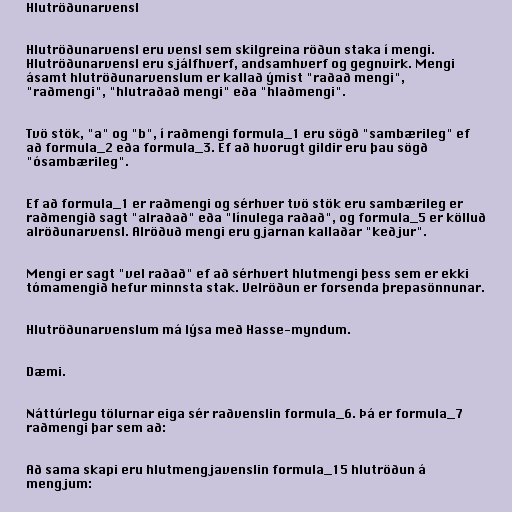
Hlutröðunarvensl

Hlutröðunarvensl eru vensl sem skilgreina röðun staka í mengi.
Hlutröðunarvensl eru sjálfhverf, andsamhverf og gegnvirk. Mengi
ásamt hlutröðunarvenslum er kallað ýmist "raðað mengi",
"raðmengi", "hlutraðað mengi" eða "hlaðmengi".

Tvö stök, "a" og "b", í raðmengi formula_1 eru sögð "sambærileg" ef
að formula_2 eða formula_3. Ef að hvorugt gildir eru þau sögð
"ósambærileg".

Ef að formula_1 er raðmengi og sérhver tvö stök eru sambærileg er
raðmengið sagt "alraðað" eða "línulega raðað", og formula_5 er kölluð
alröðunarvensl. Alröðuð mengi eru gjarnan kallaðar "keðjur".

Mengi er sagt "vel raðað" ef að sérhvert hlutmengi þess sem er ekki
tómamengið hefur minnsta stak. Velröðun er forsenda þrepasönnunar.

Hlutröðunarvenslum má lýsa með Hasse-myndum.

Dæmi.

Náttúrlegu tölurnar eiga sér raðvenslin formula_6. Þá er formula_7
raðmengi þar sem að:

Að sama skapi eru hlutmengjavenslin formula_15 hlutröðun á
mengjum: